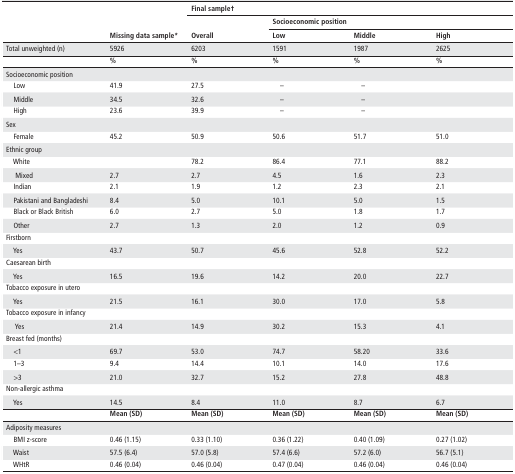
<table><thead><tr><td rowspan="3"></td><td rowspan="3"><b>Missing data sample*</b></td><td colspan="4"><b>Final sample†</b></td></tr><tr><td rowspan="2"><b>Overall</b></td><td colspan="3"><b>Socioeconomic position</b></td></tr><tr><td><b>Low</b></td><td><b>Middle</b></td><td><b>High</b></td></tr></thead><tbody><tr><td>Total unweighted (n)</td><td>5926</td><td>6203</td><td>1591</td><td>1987</td><td>2625</td></tr><tr><td></td><td><b>%</b></td><td><b>%</b></td><td><b>%</b></td><td><b>%</b></td><td><b>%</b></td></tr><tr><td>Socioeconomic position</td><td></td><td></td><td></td><td></td><td></td></tr><tr><td> Low</td><td>41.9</td><td>27.5</td><td> –</td><td> –</td><td></td></tr><tr><td> Middle</td><td>34.5</td><td>32.6</td><td> –</td><td> –</td><td></td></tr><tr><td> High</td><td>23.6</td><td>39.9</td><td> –</td><td> –</td><td></td></tr><tr><td>Sex</td><td></td><td></td><td></td><td></td><td></td></tr><tr><td> Female</td><td>45.2</td><td>50.9</td><td>50.6</td><td>51.7</td><td>51.0</td></tr><tr><td>Ethnic group</td><td></td><td></td><td></td><td></td><td></td></tr><tr><td> White</td><td></td><td>78.2</td><td>86.4</td><td>77.1</td><td>88.2</td></tr><tr><td>Mixed</td><td>2.7</td><td>2.7</td><td>4.5</td><td>1.6</td><td>2.3</td></tr><tr><td> Indian</td><td>2.1</td><td>1.9</td><td>1.2</td><td>2.3</td><td>2.1</td></tr><tr><td> Pakistani and Bangladeshi</td><td>8.4</td><td>5.0</td><td>10.1</td><td>5.0</td><td>1.5</td></tr><tr><td> Black or Black British</td><td>6.0</td><td>2.7</td><td>5.0</td><td>1.8</td><td>1.7</td></tr><tr><td> Other</td><td>2.7</td><td>1.3</td><td>2.0</td><td>1.2</td><td>0.9</td></tr><tr><td>Firstborn</td><td></td><td></td><td></td><td></td><td></td></tr><tr><td> Yes</td><td>43.7</td><td>50.7</td><td>45.6</td><td>52.8</td><td>52.2</td></tr><tr><td>Caesarean birth</td><td></td><td></td><td></td><td></td><td></td></tr><tr><td> Yes</td><td>16.5</td><td>19.6</td><td>14.2</td><td>20.0</td><td>22.7</td></tr><tr><td>Tobacco exposure in utero</td><td></td><td></td><td></td><td></td><td></td></tr><tr><td> Yes</td><td>21.5</td><td>16.1</td><td>30.0</td><td>17.0</td><td>5.8</td></tr><tr><td>Tobacco exposure in infancy</td><td></td><td></td><td></td><td></td><td></td></tr><tr><td>Yes</td><td>21.4</td><td>14.9</td><td>30.2</td><td>15.3</td><td>4.1</td></tr><tr><td>Breast fed (months)</td><td></td><td></td><td></td><td></td><td></td></tr><tr><td> &lt;1</td><td>69.7</td><td>53.0</td><td>74.7</td><td>58.20</td><td>33.6</td></tr><tr><td> 1–3</td><td>9.4</td><td>14.4</td><td>10.1</td><td>14.0</td><td>17.6</td></tr><tr><td> &gt;3</td><td>21.0</td><td>32.7</td><td>15.2</td><td>27.8</td><td>48.8</td></tr><tr><td>Non-allergic asthma</td><td></td><td></td><td></td><td></td><td></td></tr><tr><td> Yes</td><td>14.5</td><td>8.4</td><td>11.0</td><td>8.7</td><td>6.7</td></tr><tr><td></td><td><b>Mean (SD)</b></td><td><b>Mean (SD)</b></td><td><b>Mean (SD)</b></td><td><b>Mean (SD)</b></td><td><b>Mean (SD)</b></td></tr><tr><td>Adiposity measures</td><td></td><td></td><td></td><td></td><td></td></tr><tr><td> BMI z-score</td><td>0.46 (1.15)</td><td>0.33 (1.10)</td><td>0.36 (1.22)</td><td>0.40 (1.09)</td><td>0.27 (1.02)</td></tr><tr><td> Waist</td><td>57.5 (6.4)</td><td>57.0 (5.8)</td><td>57.4 (6.6)</td><td>57.2 (6.0)</td><td>56.7 (5.1)</td></tr><tr><td> WHtR</td><td>0.46 (0.04)</td><td>0.46 (0.04)</td><td>0.47 (0.04)</td><td>0.46 (0.04)</td><td>0.46 (0.04)</td></tr></tbody></table>